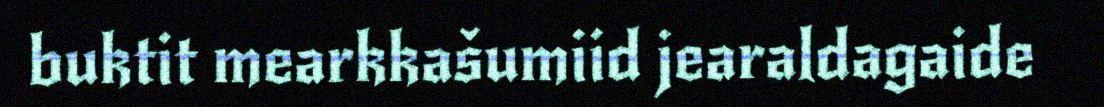
buktit mearkkašumiid jearaldagaide